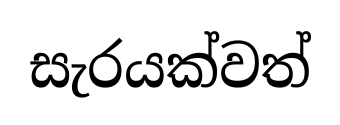
සැරයක්වත්